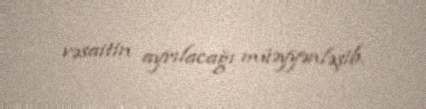
vəsaitin ayrılacağı müəyyənləşib.